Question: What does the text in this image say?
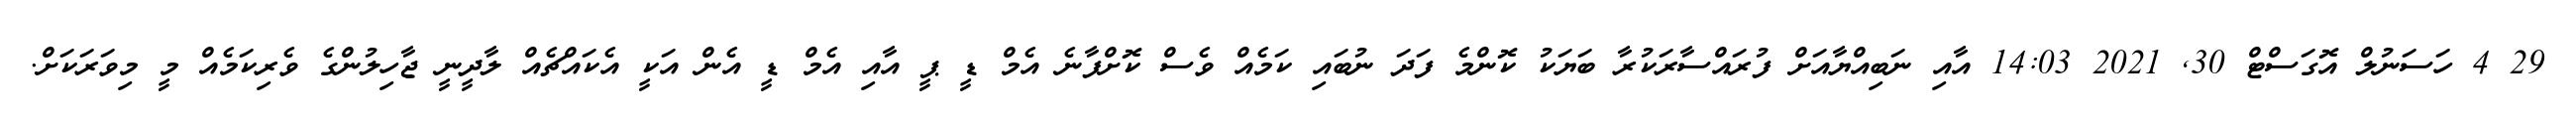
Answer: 29 4 ހަސަނުލް އޮގަސްޓް 30, 2021 14:03 އާއި ނަބިއްޔާއަށް ފުރައްސާރަކުރާ ބަޔަކު ކޮންމެ ފަދަ ނުބައި ކަމެއް ވެސް ކޮށްފާނެ އެމް ޑީ ޕީ އާއި އެމް ޑީ އެން އަކީ އެކައްޗެއް ލާދީނީ ޖާހިލުންގެ ވެރިކަމެއް މީ މިވަރަކަށް.